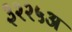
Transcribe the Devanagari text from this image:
३२२५अ